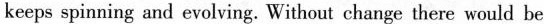
keeps spinning and evolving. Without change there would be